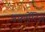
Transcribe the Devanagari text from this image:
अफ़र्मेटिव